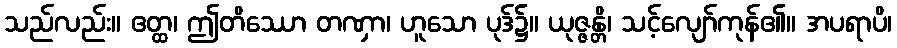
သည်လည်း။ ဧတ္ထ၊ ဤတိဿော တဏှာ၊ ဟူသော ပုဒ်၌။ ယုဇ္ဇန္တိ၊ သင့်လျော်ကုန်၏။ အပရာပိ၊